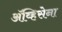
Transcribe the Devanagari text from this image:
ॲव्हिसेना